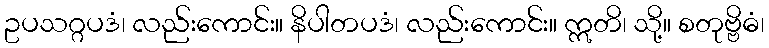
ဥပသဂ္ဂပဒံ၊ လည်းကောင်း။ နိပါတပဒံ၊ လည်းကောင်း။ ဣတိ၊ သို့။ စတုဗ္ဗိဓံ၊